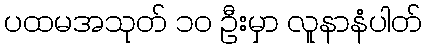
ပထမအသုတ် ၁၀ ဦးမှာ လူနာနံပါတ်